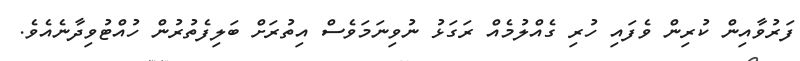
ފަރުވާއިން ކުރިން ވެފައި ހުރި ގެއްލުމެއް ރަގަޅު ނުވިނަމަވެސް އިތުރަށް ބަލިފެތުރުން ހުއްޓުވިދާނެއެވެ.